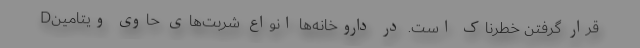
قرار گرفتن خطرناک است. در داروخانه‌ها انواع شربت‌های حاوی ویتامین‌D